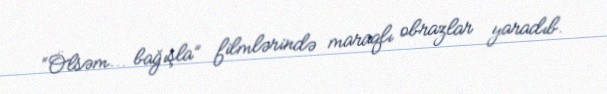
“Ölsəm... bağışla” filmlərində maraqlı obrazlar yaradıb.